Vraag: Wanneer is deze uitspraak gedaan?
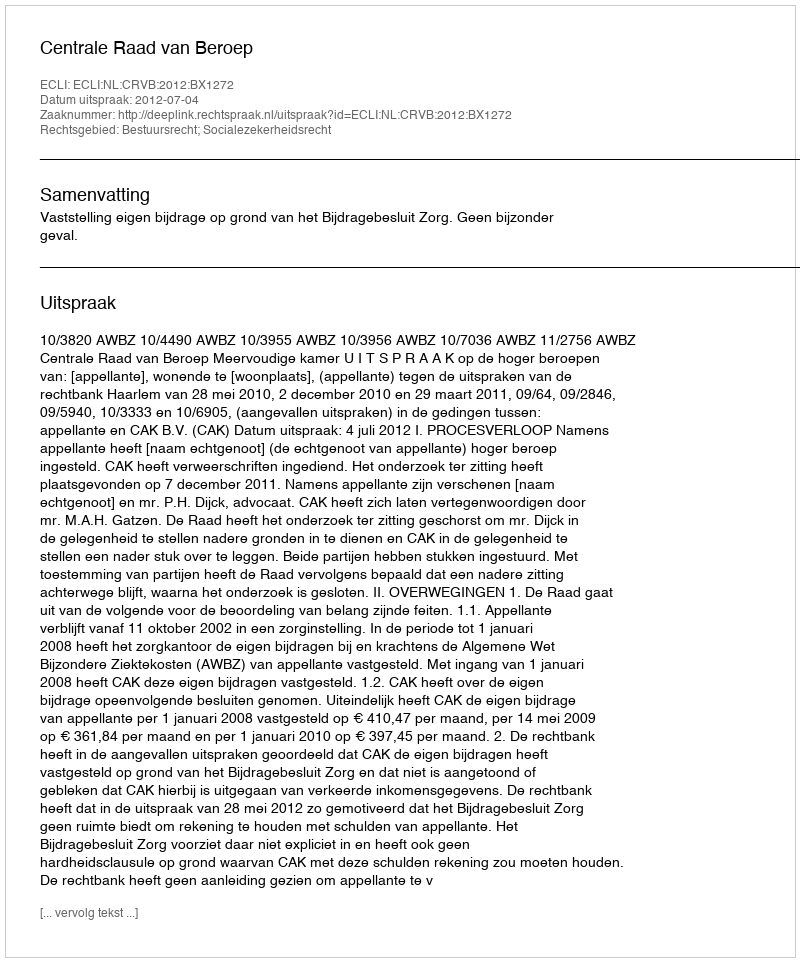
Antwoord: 2012-07-04